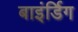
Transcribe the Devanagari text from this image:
बाइंर्डिग